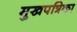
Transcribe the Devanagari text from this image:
मुखपत्रिका